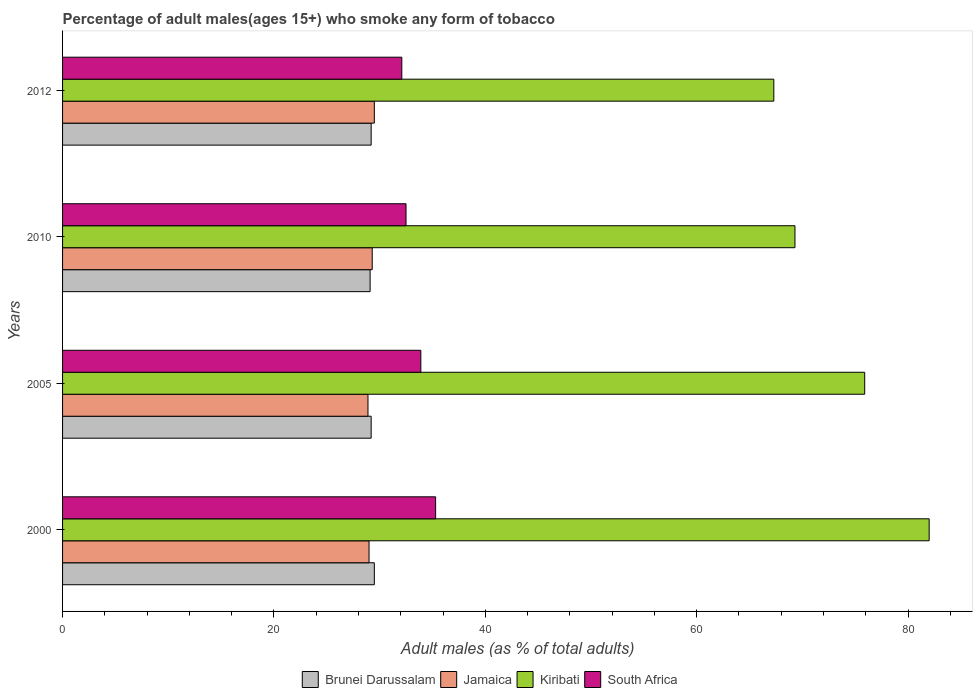
| Years | Brunei Darussalam | Jamaica | Kiribati | South Africa |
 | --- | --- | --- | --- | --- |
 | 2000 | 29.5 | 29 | 82 | 35.3 |
 | 2005 | 29.2 | 28.9 | 75.9 | 33.9 |
 | 2010 | 29.1 | 29.3 | 69.3 | 32.5 |
 | 2012 | 29.2 | 29.5 | 67.3 | 32.1 |